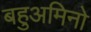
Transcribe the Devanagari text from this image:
बहुअमिनो